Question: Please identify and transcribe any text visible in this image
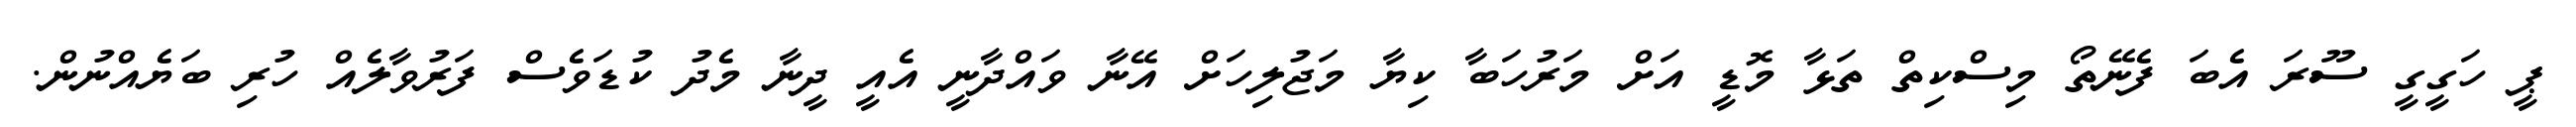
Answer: ޕީ ހަގީގީ ސޫރަ އެބަ ފެނޭތޯ މިސްކިތް ތަޅާ މޮޑީ އަށް މަރުހަބާ ކިޔާ މަޖުލިހަށް އޭނާ ވައްދާނީ އެއީ ދީނާ މެދު ކުޑަވެސް ފަރުވާލެއް ހުރި ބަޔެއްނުން.